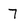
Character: 7